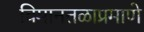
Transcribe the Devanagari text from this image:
विमानतळाप्रमाणे